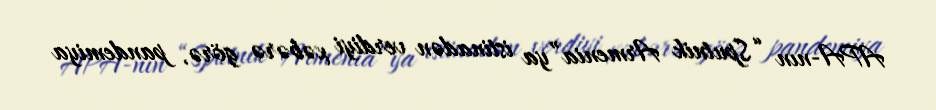
APA-nın “Sputnik Armenia”ya istinadən verdiyi xəbərə görə, pandemiya